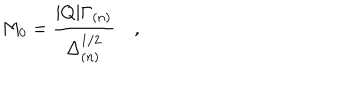
LaTeX: M _ { 0 } = \frac { | Q | \Gamma _ { ( n ) } } { \Delta _ { ( n ) } ^ { 1 / 2 } } \quad ,